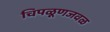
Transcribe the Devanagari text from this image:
चिपळूणजवळ